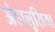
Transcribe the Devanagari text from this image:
अंडालुसिया